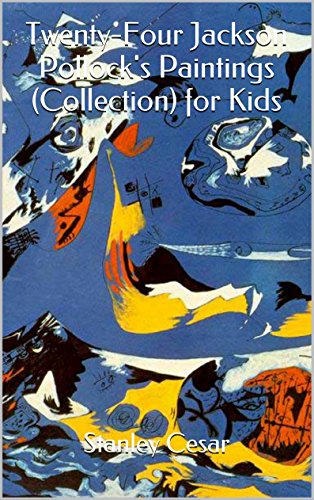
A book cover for Twenty-Four Jackson Pollock's Paintings (Collection) for Kids; Stanley Cesar; Cookbooks, Food & Wine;